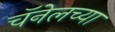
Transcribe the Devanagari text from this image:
चॅनेलच्या